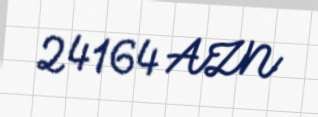
24164 AZN